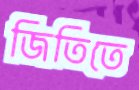
জিতিতে